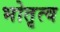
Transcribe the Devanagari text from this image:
भोतृत्व